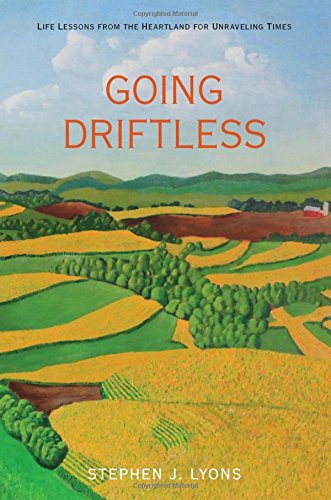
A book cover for Going Driftless: Life Lessons from the Heartland for Unraveling Times; Stephen J. Lyons; Politics & Social Sciences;